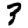
Digit: 3